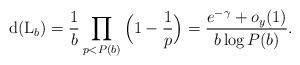
LaTeX: \begin{align*}{\rm d}({\rm L}_b) = \frac{1}{b}\prod_{p< P(b)}\Big(1-\frac{1}{p}\Big) = \frac{e^{-\gamma}+o_y(1)}{b\log P(b)}.\end{align*}